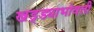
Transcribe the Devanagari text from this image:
खड्ड्याभोवती